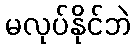
မလုပ်နိုင်ဘဲ